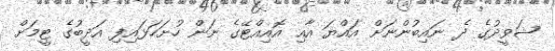
ޝަވީދުގެ ދެ ނައިބުންނަށް އައްޔަ އާއި އޮއިއްޓޭގެ ނަން ހުށަހަޅައިފި އަދީބުގެ ޓީމަށް